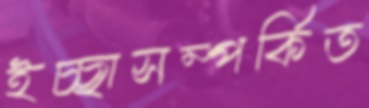
ইচ্ছাসম্পর্কিত